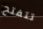
تتفتح